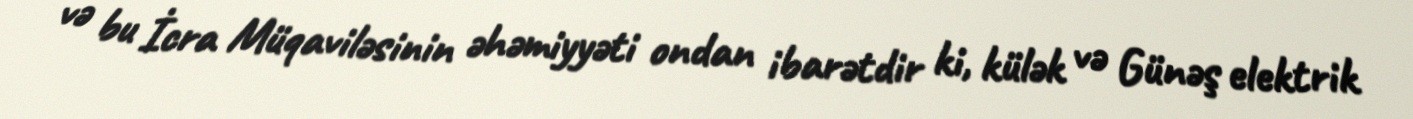
və bu İcra Müqaviləsinin əhəmiyyəti ondan ibarətdir ki, külək və Günəş elektrik